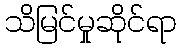
သိမြင်မှုဆိုင်ရာ